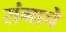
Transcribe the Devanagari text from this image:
रांगाचे